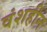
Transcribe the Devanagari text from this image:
वंशहीन